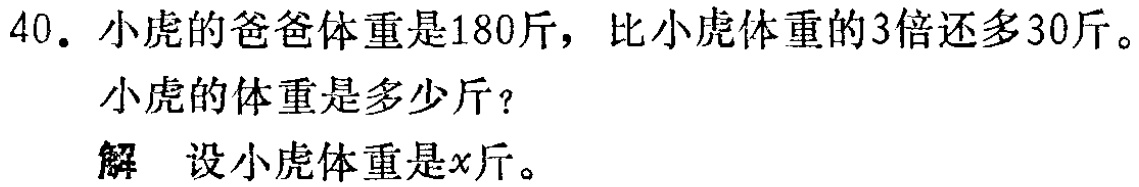
40. 小虎的爸爸体重是180斤，比小虎体重的3倍还多30斤。

小虎的体重是多少斤？

解 设小虎体重是\(x\)斤。